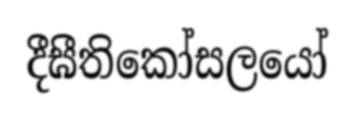
දීඝීතිකෝසලයෝ